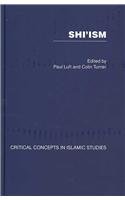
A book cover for Shi'ism [4 Volumes Set] (Critical Concepts in Islamic Studies); Religion & Spirituality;